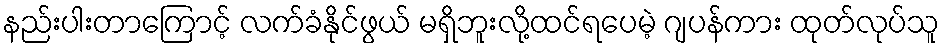
နည်းပါးတာကြောင့် လက်ခံနိုင်ဖွယ် မရှိဘူးလို့ထင်ရပေမဲ့ ဂျပန်ကား ထုတ်လုပ်သူ